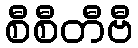
စီစီတီဗီ